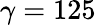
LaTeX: \gamma=125